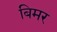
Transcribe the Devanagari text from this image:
बिमर